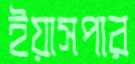
ইয়াসপার